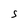
Character: S